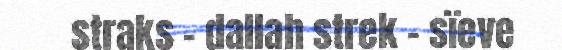
straks – dallah strek – sïeve